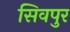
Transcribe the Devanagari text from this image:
सिवपुर